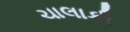
ચાલાકી